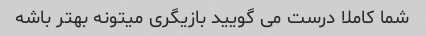
شما کاملا درست می گویید بازیگری میتونه بهتر باشه